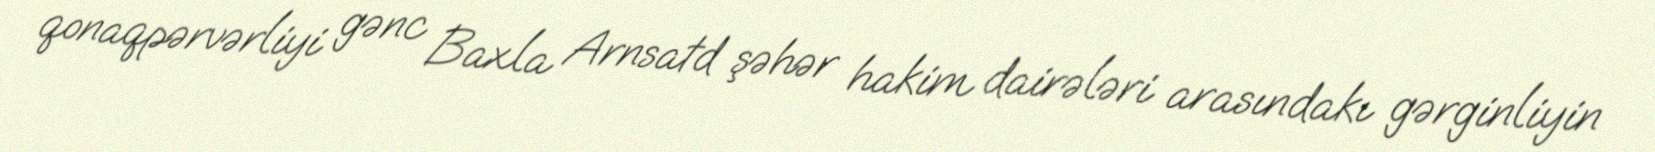
qonaqpərvərliyi gənc Baxla Arnsatd şəhər hakim dairələri arasındakı gərginliyin